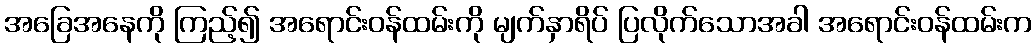
အခြေအနေကို ကြည့်၍ အရောင်းဝန်ထမ်းကို မျက်နှာရိပ် ပြလိုက်သောအခါ အရောင်းဝန်ထမ်းက